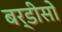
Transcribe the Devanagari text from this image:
बर्डीसो